Indian Civil Veterinary Department memoirs
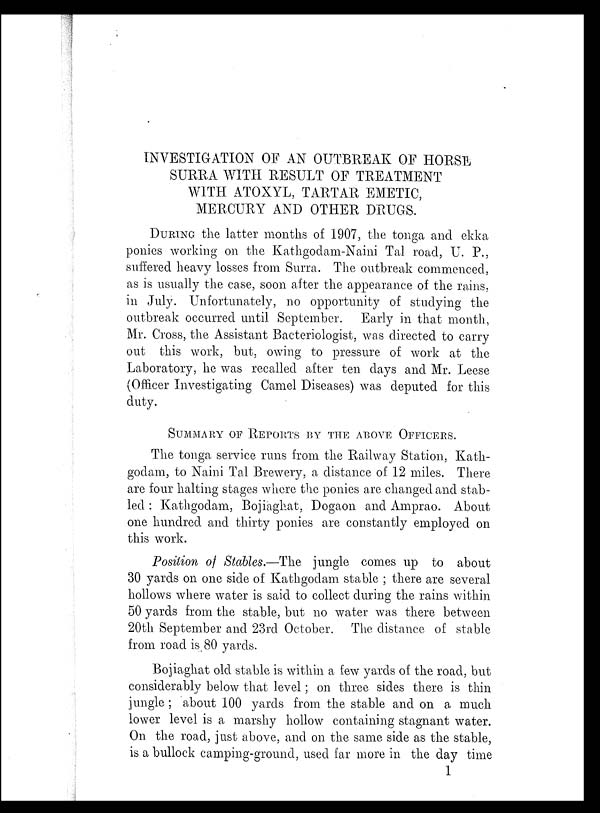
INVESTIGATION OF AN OUTBREAK OF HORSE
SURRA WITH RESULT OF TREATMENT
WITH ATOXYL, TARTAR EMETIC,
MERCURY AND OTHER DRUGS.
DURING the latter months of 1907, the tonga and ekka
ponies working on the Kathgodam-Naini Tal road, U. P.,
suffered heavy losses from Surra. The outbreak commenced,
as is usually the case, soon after the appearance of the rains,
in July. Unfortunately, no opportunity of studying the
outbreak occurred until September. Early in that month,
Mr. Cross, the Assistant Bacteriologist, was directed to carry
out this work, but, owing to pressure of work at the
Laboratory, he was recalled after ten days and Mr. Leese
(Officer Investigating Camel Diseases) was deputed for this
duty.
SUMMARY OF REPORTS BY THE ABOVE OFFICERS.
The tonga service runs from the Railway Station, Kath-
godam, to Naini Tal Brewery, a distance of 12 miles. There
are four halting stages where the ponies are changed and stab-
led: Kathgodam, Bojiaghat, Dogaon and Amprao. About
one hundred and thirty ponies are constantly employed on
this work.
Position of Stables.—The jungle comes up to about
30 yards on one side of Kathgodam stable; there are several
hollows where water is said to collect during the rains within
50 yards from the stable, but no water was there between
20th September and 23rd October. The distance of stable
from road is 80 yards.
Bojiaghat old stable is within a few yards of the road, but
considerably below that level; on three sides there is thin
jungle; about 100 yards from the stable and on a much
lower level is a marshy hollow containing stagnant water.
On the road, just above, and on the same side as the stable,
is a bullock camping-ground, used far more in the day time
1